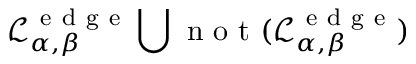
\mathcal { L } _ { \alpha , \beta } ^ { \mathrm { ~ e ~ d ~ g ~ e ~ } } \bigcup \mathrm { ~ n ~ o ~ t ~ } ( \mathcal { L } _ { \alpha , \beta } ^ { \mathrm { ~ e ~ d ~ g ~ e ~ } } )